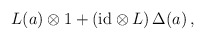
\begin{align*}L(a) \otimes 1 + ({\rm id} \otimes L) \, \Delta (a) \, , \end{align*}